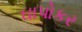
ઘાપોકર